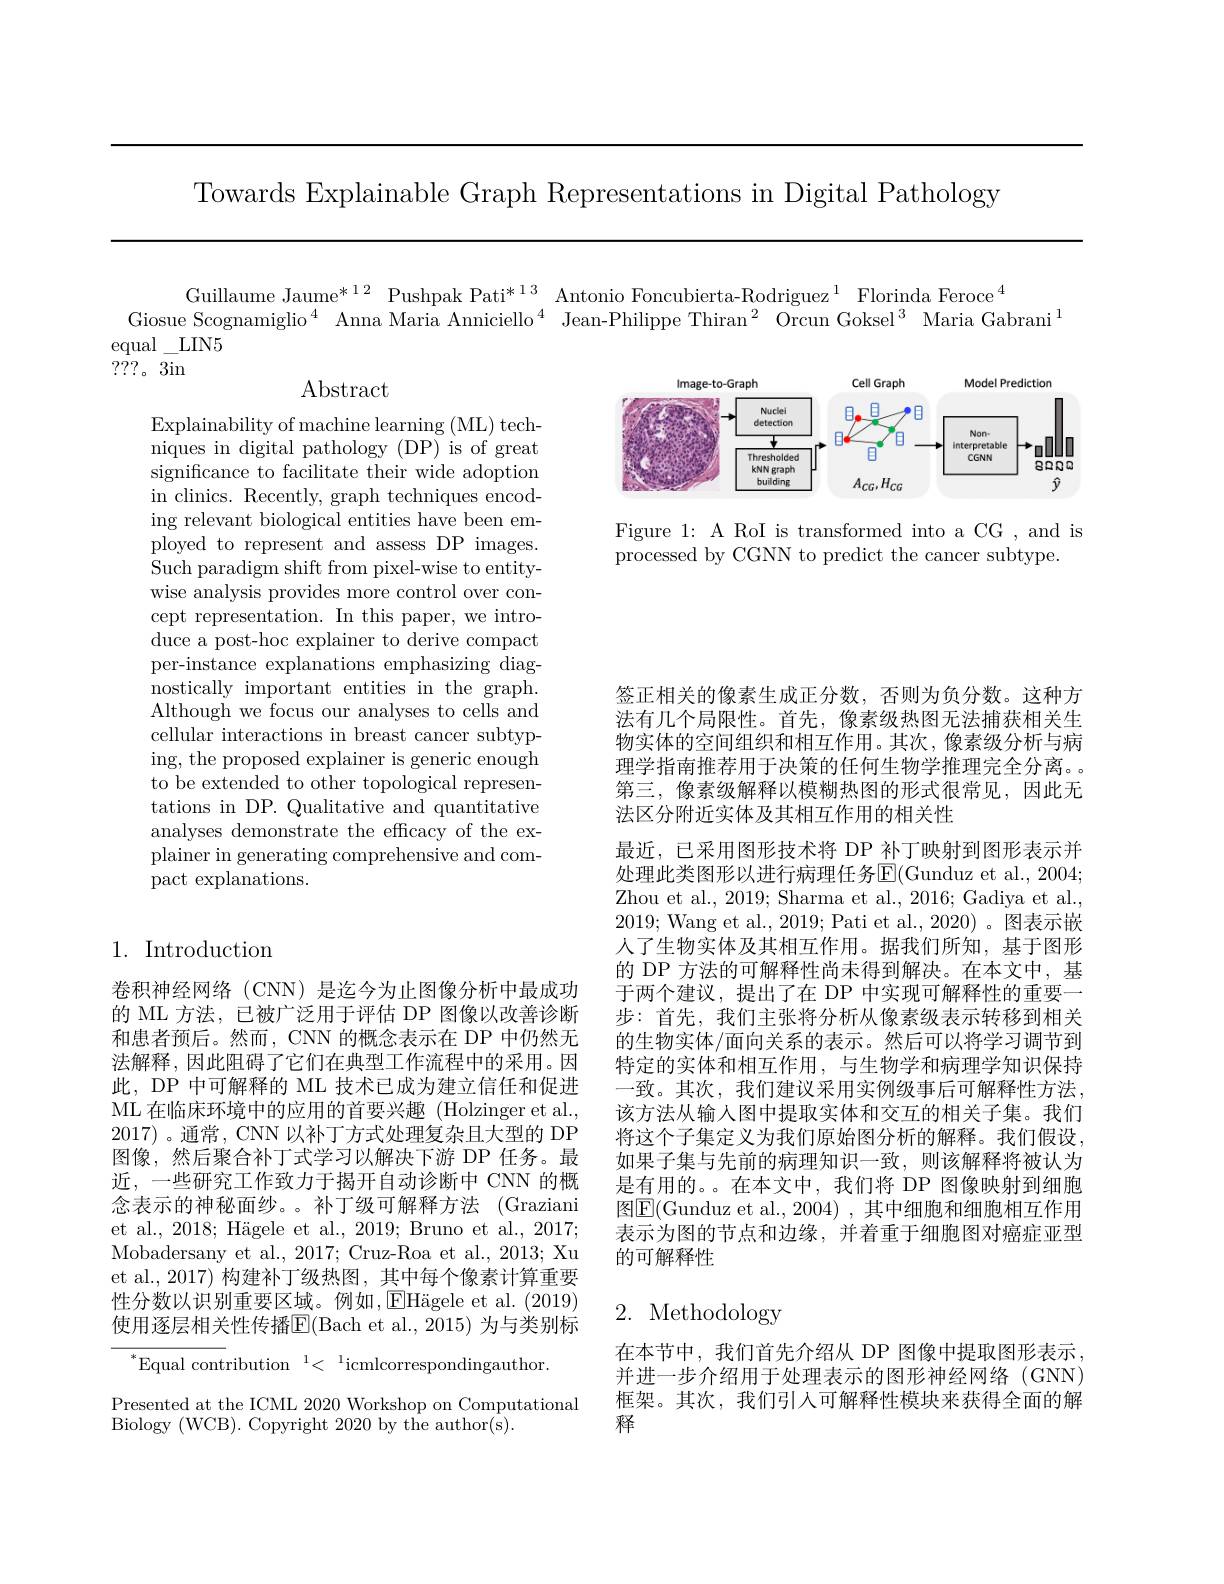
Towards Explainable Graph Representations in Digital Pathology

Guillaume Jaume$^*12$ Pushpak Pati$^*13$ Antonio Foncubierta-Rodriguez$^1$ Florinda Feroce$^4$
Giosue Scognamiglio$^{4}$ Anna Maria Anniciello$^{4}$ Jean-Philippe Thiran$^{2}$ Orcun Goksel$^{3}$ Maria Gabrani$^{1}$
equal\_LIN5
???。3in

Abstract

<FigureHere>

Figure 1: A RoI is transformed into a CG , and is
processed by CGNN to predict the cancer subtype.

Explainability of machine learning (ML) techniques in digital pathology (DP) is of great significance to facilitate their wide adoption in clinics. Recently, graph techniques encoding relevant biological entities have been employed to represent and assess DP images. Such paradigm shift from pixel-wise to entitywise analysis provides more control over concept representation. In this paper, we introduce a post-hoc explainer to derive compact per-instance explanations emphasizing diagnostically important entities in the graph. Although we focus our analyses to cells and cellular interactions in breast cancer subtyping, the proposed explainer is generic enough to be extended to other topological representations in DP. Qualitative and quantitative analyses demonstrate the effcacy of the explainer in generating comprehensive and compact explanations.

1. Introduction

签正相关的像素生成正分数，否则为负分数。这种方法有几个局限性。首先，像素级热图无法捕获相关生物实体的空间组织和相互作用。其次，像素级分析与病理学指南推荐用于决策的任何生物学推理完全分离。第三，像素级解释以模糊热图的形式很常见，因此无法区分附近实体及其相互作用的相关性
最近，已采用图形技术将 DP 补丁映射到图形表示并处理此类图形以进行病理任务$\operatorname{E}($Gunduz et al., 2004; Zhou et al., 2019; Sharma et al., 2016; Gadiya et al., 2019; Wang et al., 2019; Pati et al., 2020)。图表示嵌人了生物实体及其相互作用。据我们所知，基于图形的 DP 方法的可解释性尚未得到解决。在本文中，基于两个建议，提出了在 DP 中实现可解释性的重要一步：首先，我们主张将分析从像素级表示转移到相关的生物实体/面向关系的表示。然后可以将学习调节到特定的实体和相互作用，与生物学和病理学知识保持一致。其次，我们建议采用实例级事后可解释性方法， 该方法从输人图中提取实体和交互的相关子集。我们将这个子集定义为我们原始图分析的解释。我们假设， 如果子集与先前的病理知识一致，则该解释将被认为是有用的。。在本文中，我们将 DP 图像映射到细胞图$\underline{\mathrm{E}}($Gunduz et al.,2004),其中细胞和细胞相互作用表示为图的节点和边缘，并着重于细胞图对癌症亚型的可解释性

卷积神经网络(CNN)是迄今为止图像分析中最成功的 ML 方法，已被广泛用于评估 DP 图像以改善诊断和患者预后。然而，CNN 的概念表示在 DP 中仍然无法解释，因此阻碍了它们在典型工作流程中的采用。因此，DP 中可解释的 ML 技术已成为建立信任和促进ML 在临床环境中的应用的首要兴趣 (Holzinger et al., 2017) 。通常 , CNN 以补丁方式处理复杂且大型的 DP 图像，然后聚合补丁式学习以解决下游 DP 任务。最近，一些研究工作致力于揭开自动诊断中 CNN 的概念表示的神秘面纱。。补丁级可解释方法 (Graziani et al., 2018; Hägele et al., 2019; Bruno et al., 2017; Mobadersany et al., 2017; Cruz-Roa et al., 2013; Xu et al., 2017) 构建补丁级热图，其中每个像素计算重要性分数以识别重要区域。例如$, \text{EH\" {a}geleeetal. ( 2019) }$ 使用逐层相关性传播$\mathbb{E}($Bach et al.,2015) 为与类别标$^*$Equal contribution$^1<^1$icmlcorrespondingauthor

# 2. Methodology

在本节中，我们首先介绍从 DP 图像中提取图形表示并进一步介绍用于处理表示的图形神经网络(GNN) 框架。其次，我们引入可解释性模块来获得全面的解释

Presented at the ICML 2020 Workshop on Computational
Biology (WCB). Copyright 2020 by the author(s)